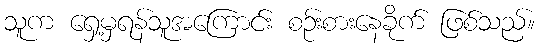
သူက ရှေ့မှရန်သူအကြောင်း စဉ်းစားနေခိုက် ဖြစ်သည်။